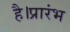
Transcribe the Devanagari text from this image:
है।प्रारंभ